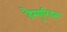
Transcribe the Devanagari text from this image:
डैस्युरिड्स